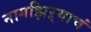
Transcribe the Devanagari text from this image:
नागझिऱ्याचं